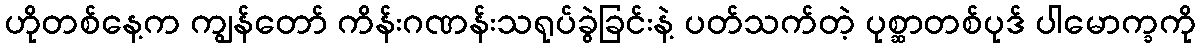
ဟိုတစ်နေ့က ကျွန်တော် ကိန်းဂဏန်းသရုပ်ခွဲခြင်းနဲ့ ပတ်သက်တဲ့ ပုစ္ဆာတစ်ပုဒ် ပါမောက္ခကို